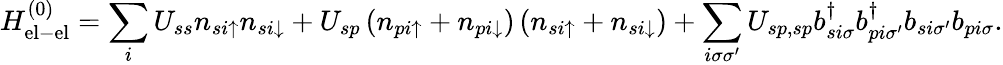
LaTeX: H_{\mathrm{el-el}}^{(0)}=\sum_{i}U_{ss}n_{si\uparrow}n_{si\downarrow}+U_{sp}\left(n_{pi\uparrow}+n_{pi\downarrow}\right)\left(n_{si\uparrow}+n_{si\downarrow}\right)+\sum_{i\sigma\sigma^{\prime}}U_{sp,sp}b_{si\sigma}^{\dagger}b_{pi\sigma^{\prime}}^{\dagger}b_{si\sigma^{\prime}}b_{pi\sigma}.